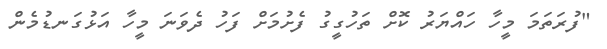
"ފުރަތަމަ މީހާ ހައްޔަރު ކޮށް ތަހުގީގު ފެށުމަށް ފަހު ދެވަނަ މީހާ އަޅުގަނޑުމެން